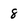
Character: 8